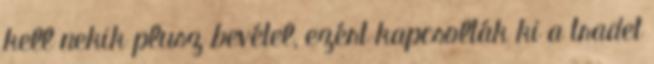
kell nekik plusz bevétel, ezért kapcsolták ki a tradet